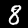
Digit: 8